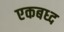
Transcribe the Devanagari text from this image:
एकबध्द